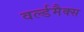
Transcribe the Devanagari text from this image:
वर्ल्डमैक्स